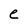
Character: e